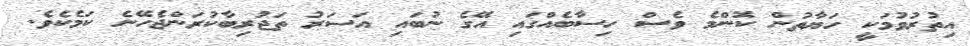
އިތުރުވުމަކީ ހަޔާތުން ކޮންމެ ވެސް ހިސާބެއްގައި އޭގެ ނުބައި އަސަރު ތަޖުރިބާކުރަންޖެހޭނެ ކަމެކެވެ.